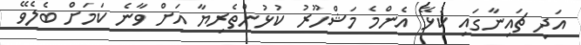
އަދި ޗައިނާގައި ކުޅޭ އެންމެ މަޝްހޫރު ކުޅުންތެރިޔާ އަށް ވާނެ ކަމަށް ބެލެވޭ